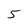
Character: 5